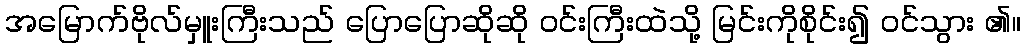
အမြောက်ဗိုလ်မှူးကြီးသည် ပြောပြောဆိုဆို ဝင်းကြီးထဲသို့ မြင်းကိုစိုင်း၍ ဝင်သွား ၏။